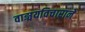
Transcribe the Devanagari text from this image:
वाङ्मयविचाराने